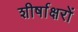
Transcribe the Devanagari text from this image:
शीर्षाक्षरों